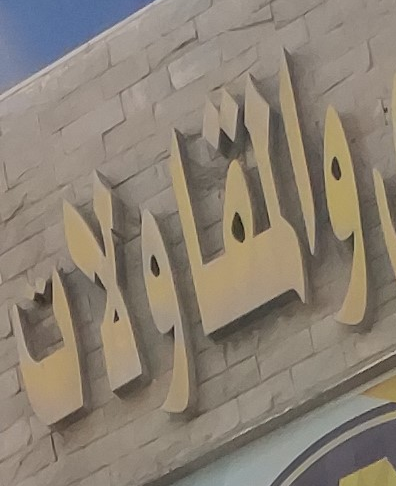
والمقاولات